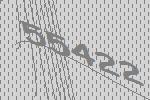
55422